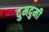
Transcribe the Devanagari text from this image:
दुमदुमी